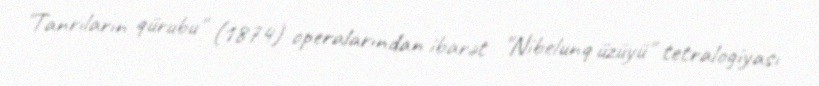
"Tanrıların qürubu" (1874) operalarından ibarət "Nibelunq üzüyü" tetralogiyası